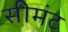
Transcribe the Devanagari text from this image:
सीमंट